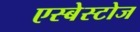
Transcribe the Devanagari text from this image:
एस्बेस्टोज